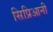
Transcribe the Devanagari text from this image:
सिप्रिआनी